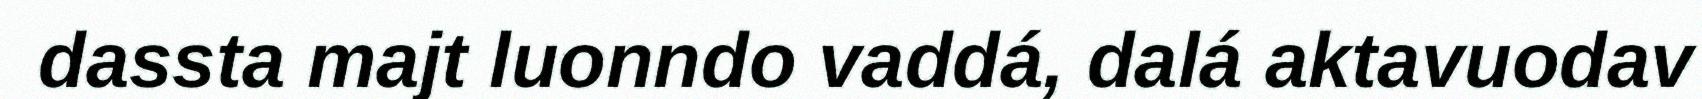
dassta majt luonndo vaddá, dalá aktavuodav